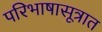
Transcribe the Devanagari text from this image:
परिभाषासूत्रात